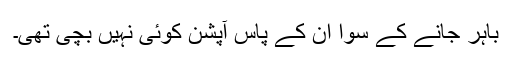
باہر جانے کے سوا ان کے پاس آپشن کوئی نہیں بچی تھی۔